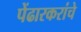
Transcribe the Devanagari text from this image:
पेंढारकरांचे